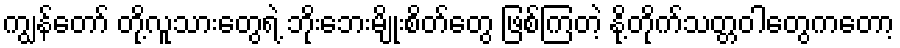
ကျွန်တော် တို့လူသားတွေရဲ့ ဘိုးဘေးမျိုးစိတ်တွေ ဖြစ်ကြတဲ့ နို့တိုက်သတ္တဝါတွေကတော့